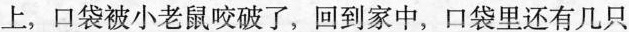
上，口袋被小老鼠咬破了，回到家中，口袋里还有几只